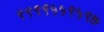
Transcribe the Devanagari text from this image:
९९९९५५९५९७